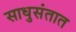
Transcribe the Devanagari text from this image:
साधुसंतात